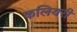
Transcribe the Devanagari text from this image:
कलियरी